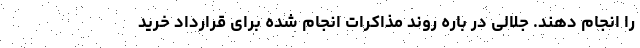
را انجام دهند. جلالی در باره روند مذاکرات انجام شده برای قرارداد خرید